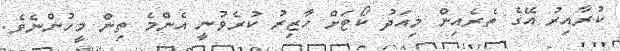
ކުރާއިރު އޭގެ ތެރެއިން މިއަދު ކޯޓަށް ހާޒިރު ކުރެވުނީ އެންމެ ތިން މީހުންނެވެ.